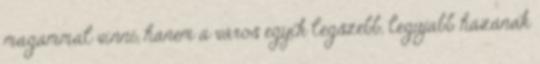
magammal vinni, hanem a város egyik legszebb, legújabb házának